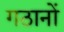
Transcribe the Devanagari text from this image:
गठानों